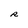
Character: R